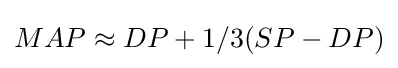
MAP\approx DP+1/3(SP-DP)